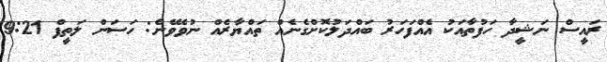
ރައީސް ނަޝީދާ ހަފުތާއަކު އެއްފަހަރު ބައްދަލުކޮށްގެނެއް ތައްޔާރެއް ނުވެވޭނެ: ހަސަން ލަތީފް 9:21